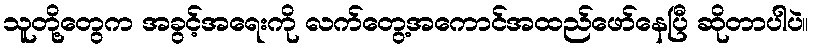
သူတို့တွေက အခွင့်အရေးကို လက်တွေ့အကောင်အထည်ဖော်နေပြီ ဆိုတာပါပဲ။